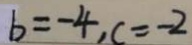
b = - 4 , c = - 2